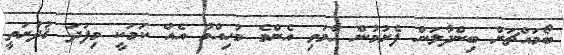
ބޯމައްޗަށް ބިންދާލަން ފެށުމުން ހާމަވި އެންމެ މުހިއްމު އެއް ކަމަކީ މިފަދަ ޤުދުރަތީ